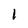
Character: l